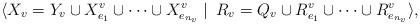
LaTeX: \begin{align*} \langle X_v=Y_v\cup X^v_{e_1} \cup \cdots \cup X^v_{e_{n_v}} \left. \right | \ R_v=Q_v\cup R^v_{e_1} \cup \cdots \cup R^v_{e_{n_v}} \rangle, \end{align*}